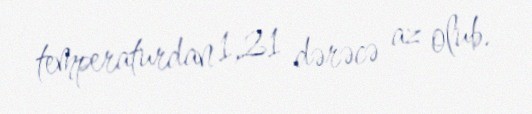
temperaturdan 1,21 dərəcə az olub.